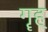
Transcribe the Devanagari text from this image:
गॄह्